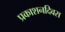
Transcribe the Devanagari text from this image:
प्रकाशनदिवस